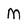
Character: M